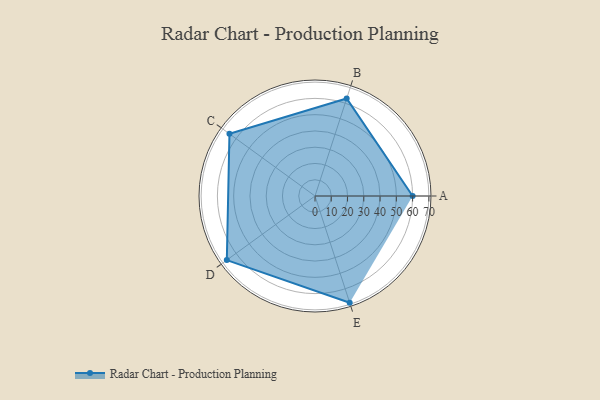
{"axis": {"x": "Skill", "y": "Score"}, "legend": ["Profile"], "data": [{"x": "A", "y": 60.0, "type": "Profile"}, {"x": "B", "y": 63.0, "type": "Profile"}, {"x": "C", "y": 65.0, "type": "Profile"}, {"x": "D", "y": 67.0, "type": "Profile"}, {"x": "E", "y": 69.0, "type": "Profile"}]}